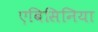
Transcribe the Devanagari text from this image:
एबिसिनिया